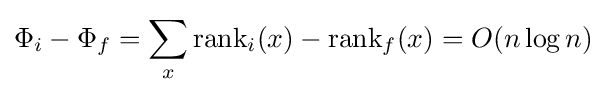
\Phi _{i}-\Phi _{f}=\sum _{x}{\mathrm {rank} _{i}(x)-\mathrm {rank} _{f}(x)}=O(n\log n)